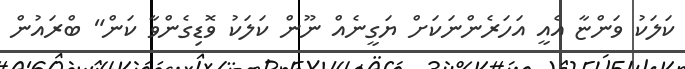
ކަލަކު ވަންޏާ އެއީ އަހަރެންނަކަށް ޔަގީނެއް ނޫން ކަލަކު ވޮޑިގެންވާ ކަން" ބްރައުން